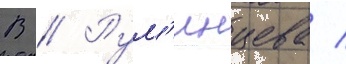
В // Рум'янцева /